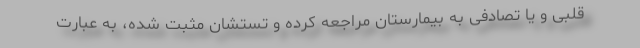
قلبی و یا تصادفی به بیمارستان مراجعه کرده و تستشان مثبت شده، به عبارت